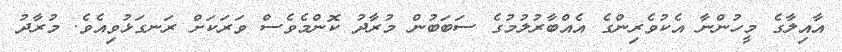
އާއިލާގެ މީހުންނާ އެކުވެރިންގެ އެއްބާރުލުމުގެ ސަބަބުން މުރާދު ކޮންމެވެސް ވަރަކަށް ރަނގަޅުވިއެވެ. މުރާދު